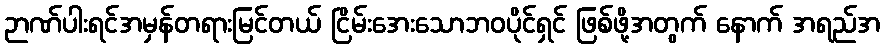
ဉာဏ်ပါးရင်အမှန်တရားမြင်တယ် ငြိမ်းအေးသောဘဝပိုင်ရှင် ဖြစ်ဖို့အတွက် နောက် အရည်အ